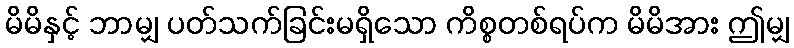
မိမိနှင့် ဘာမျှ ပတ်သက်ခြင်းမရှိသော ကိစ္စတစ်ရပ်က မိမိအား ဤမျှ